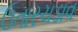
ઉતારચડાવ